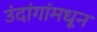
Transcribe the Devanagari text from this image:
उंदांगांमधून